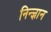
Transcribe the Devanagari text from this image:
निन्ज्ञान